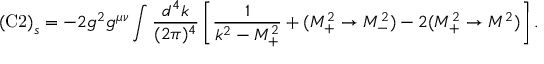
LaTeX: \mathrm { ( C 2 ) } _ { s } = - 2 g ^ { 2 } g ^ { \mu \nu } \int \frac { d ^ { 4 } k } { ( 2 \pi ) ^ { 4 } } \left[ \frac { 1 } { k ^ { 2 } - M _ { + } ^ { 2 } } + ( M _ { + } ^ { 2 } \rightarrow M _ { - } ^ { 2 } ) - 2 ( M _ { + } ^ { 2 } \rightarrow M ^ { 2 } ) \right] .